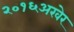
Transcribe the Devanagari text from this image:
२०१६अखेर